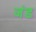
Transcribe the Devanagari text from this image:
जंड